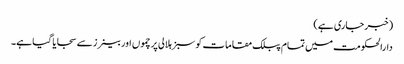
(خبر جاری ہے)
دارالحکومت میں تمام پبلک مقامات کو سبز ہلالی پرچموں اور بینرز سے سجایا گیا ہے۔